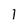
Character: l